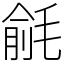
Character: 毹